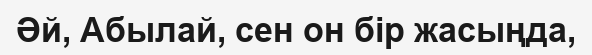
Әй, Абылай, сен он бір жасыңда,